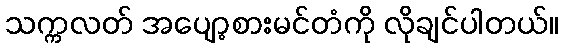
သက္ကလတ် အပျော့စားမင်တံကို လိုချင်ပါတယ်။